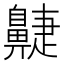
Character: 𪖮